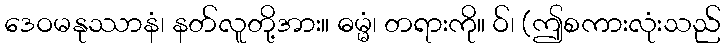
ဒေဝမနုဿာနံ၊ နတ်လူတို့အား။ ဓမ္မံ၊ တရားကို။ ဝ်၊ (ဤစကားလုံးသည်